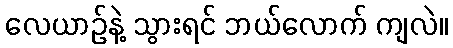
လေယာဉ်နဲ့ သွားရင် ဘယ်လောက် ကျလဲ။